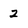
Character: 2